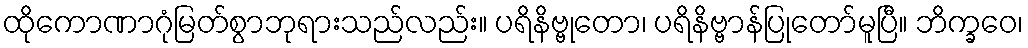
ထိုကောဏာဂုံမြတ်စွာဘုရားသည်လည်း။ ပရိနိဗ္ဗုတော၊ ပရိနိဗ္ဗာန်ပြုတော်မူပြီ။ ဘိက္ခဝေ၊